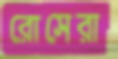
রোসেরা